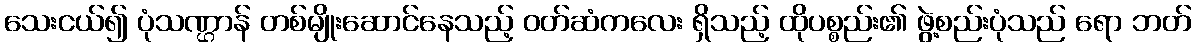
သေးငယ်၍ ပုံသဏ္ဌာန် တစ်မျိုးဆောင်နေသည့် ဝတ်ဆံကလေး ရှိသည့် ထိုပစ္စည်း၏ ဖွဲ့စည်းပုံသည် ရော ဘတ်